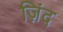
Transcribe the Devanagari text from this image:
ज़िंद